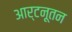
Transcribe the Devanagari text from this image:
आर्टनूतन